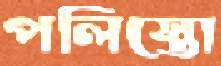
পলিস্তো